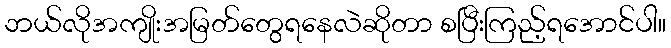
ဘယ်လိုအကျိုးအမြတ်တွေရနေလဲဆိုတာ စပြီးကြည့်ရအောင်ပါ။